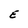
Character: E